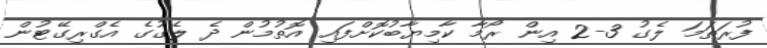
ފުރަތަމަ ލެގު 3-2 އިން ރޯމާ ކާމިޔާބުކޮށްފައި އޮތުމުން ދެ ލެގުގެ އެގްރިގޭޓުން